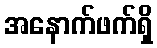
အနောက်ဖက်ရှိ